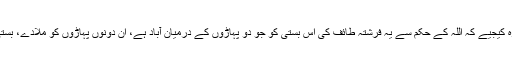
آج اللہ تبارک و تعالیٰ سخت جلال کے عالم میں ہے، یہ فرشتہ ساتھ لایا ہوں، آپ اشارہ کیجیے کہ اللہ کے حکم سے یہ فرشتہ طائف کی اس بستی کو جو دو پہاڑوں کے درمیان آباد ہے، ان دونوں پہاڑوں کو ملادے، بستی ریزہ ریزہ ہوجائے، خاک و خون اور پوری تاریخ کے اندر عبرت کا نشان ہوجائے۔